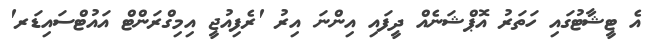
އެ ޓީޝާޓުގައި ހަތަރު އޮޕްޝަނެއް ދީފައި އިންނަ އިރު 'ރެފިއުޖީ އިމިގްރަންޓް އައުޓްސައިޑަރ'